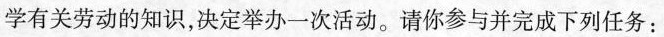
学有关劳动的知识，决定举办一次活动。请你参与并完成下列任务：